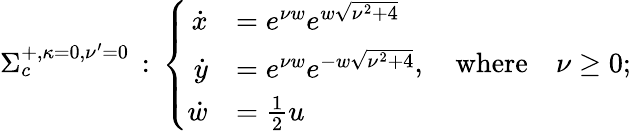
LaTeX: \begin{array}{r}{\Sigma_{c}^{+,{\kappa=}0,{\nu^{\prime}=0}}\, :\, \left\{ \begin{array}{rl}{\dot{x}}&{=e^{\nu w}e^{w\sqrt{\nu^{2}+4}}}\\ {\dot{y}}&{=e^{\nu w}e^{-w\sqrt{\nu^{2}+4}}}\\ {\dot{w}}&{=\frac{1}{2}u}\end{array}\right.,\quad\textrm{where}\quad\nu\geq 0;}\end{array}